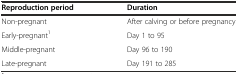
| Reproduction period | Duration |
 | --- | --- |
 | Non-pregnant | After calving or before pregnancy |
 | Early-pregnant1 | Day 1 to 95 |
 | Middle-pregnant | Day 96 to 190 |
 | Late-pregnant | Day 191 to 285 |